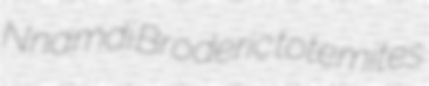
Nnamdi Broderic totemites